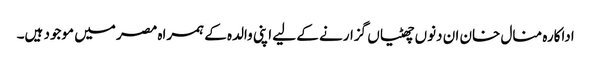
اداکارہ منال خان ان دنوں چھٹیاں گزارنے کے لیے اپنی والدہ کے ہمراہ مصر میں موجود ہیں۔